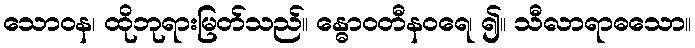
သောဝန၊ ထိုဘုရားမြတ်သည်။ န္ဓောဝတီနဝရေ၊ ၍။ သီလာရာဓသော။